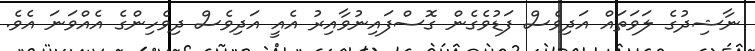
ނާޝިދުގެ ލަވަތައް އަދިވެސް ފަޑުވެގެން ގޮސްފައިނުވާއިރު އެއީ އަދިވެސް ދިވެހިންގެ އެއްވަނަ އެވެ.